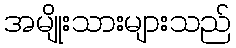
အမျိုးသားများသည်